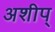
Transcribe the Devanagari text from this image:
अशीप्